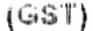
(GST)